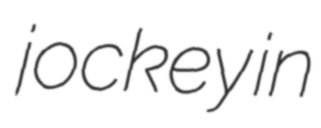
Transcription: jockey in